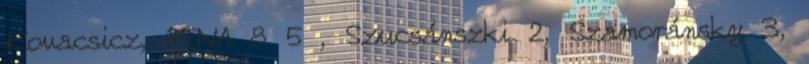
Kovacsicz, PENA 8 5 , Szucsánszki 2, Szamoránsky 3,